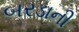
બરડાની